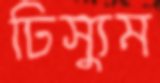
ঢিস্যুম